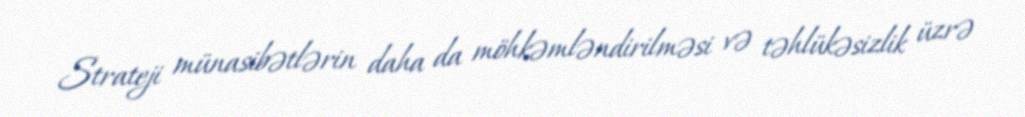
Strateji münasibətlərin daha da möhkəmləndirilməsi və təhlükəsizlik üzrə